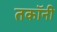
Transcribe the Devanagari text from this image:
तकॉनी